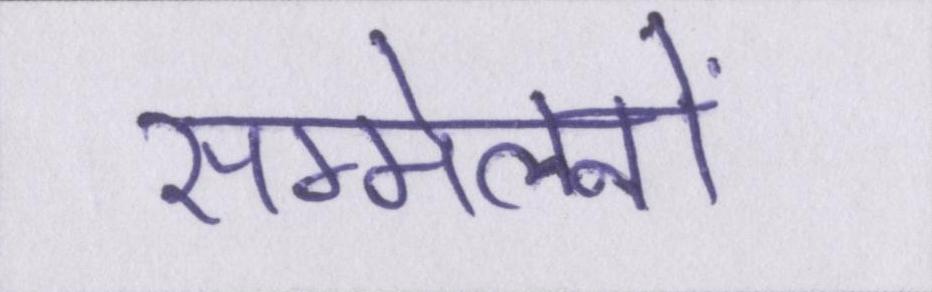
सम्मेलनों